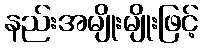
နည်းအမျိုးမျိုးဖြင့်